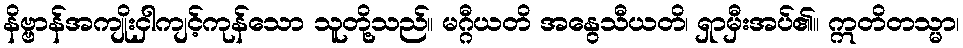
နိဗ္ဗာန်အကျိုးငှါကျင့်ကုန်သော သူတို့သည်။ မဂ္ဂီယတိ အနွေသီယတိ၊ ရှာမှီးအပ်၏။ ဣတိတသ္မာ၊